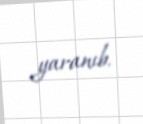
yaranıb.